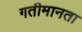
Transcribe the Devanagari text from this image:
गतीमानता